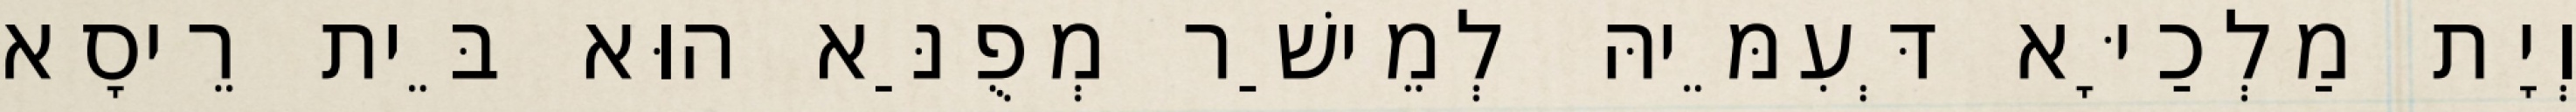
וְיָת מַלְכַיָּא דְּעִמֵּיהּ לְמֵישַׁר מְפֻנַּא הוּא בֵּית רֵיסָא